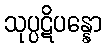
သုပ္ပဋိပန္နော